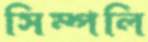
সিম্পলি